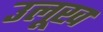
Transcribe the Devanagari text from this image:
उलूख